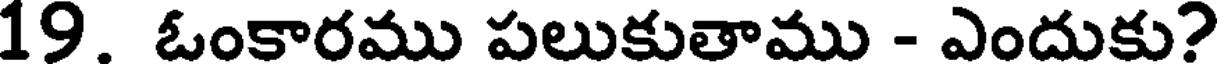
19. ఓంకారము పలుకుతాము - ఎందుకు?